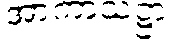
အာကာသဋ္ဌာ